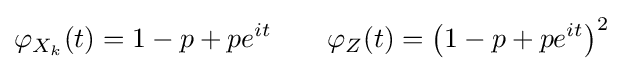
\varphi _{X_{k}}(t)=1-p+pe^{it}\qquad \varphi _{Z}(t)=\left(1-p+pe^{it}\right)^{2}